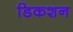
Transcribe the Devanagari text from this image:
डिकशन